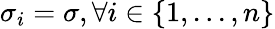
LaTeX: \sigma_{i}=\sigma,\forall i\in\left\{ 1,...,n\right\}